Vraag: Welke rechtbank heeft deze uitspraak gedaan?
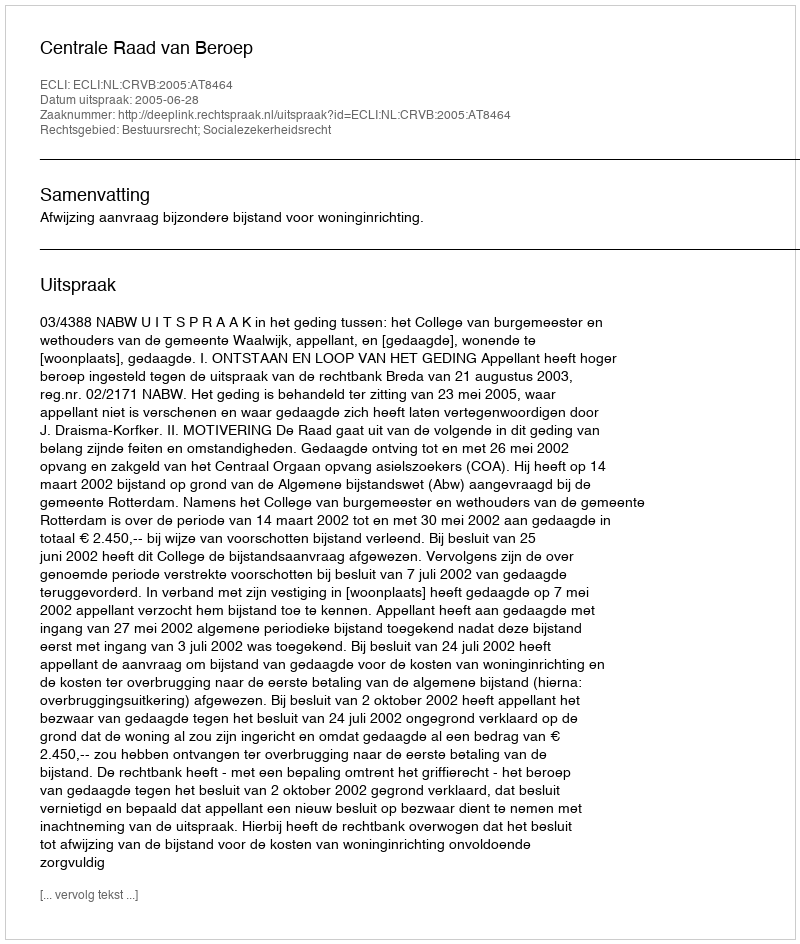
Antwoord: Centrale Raad van Beroep